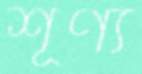
শূণ্য